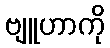
ဗျူဟာကို